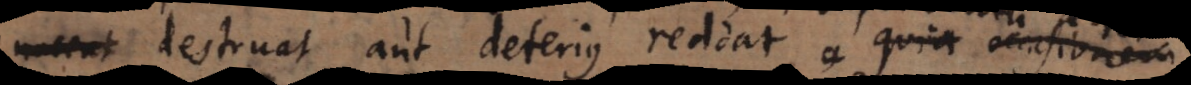
noceat destruat aut deterius reddat, quia occasionem